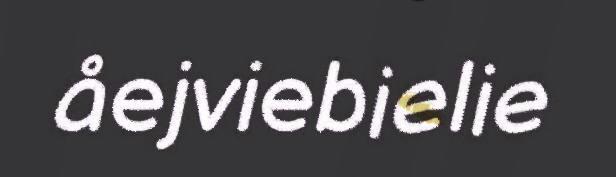
åejviebielie